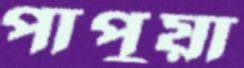
পাপুয়া